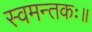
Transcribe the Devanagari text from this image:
स्वमन्तकः॥